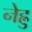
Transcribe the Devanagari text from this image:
नेह्रु